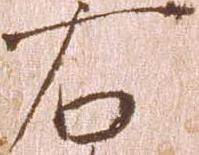
右